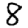
Digit: 8